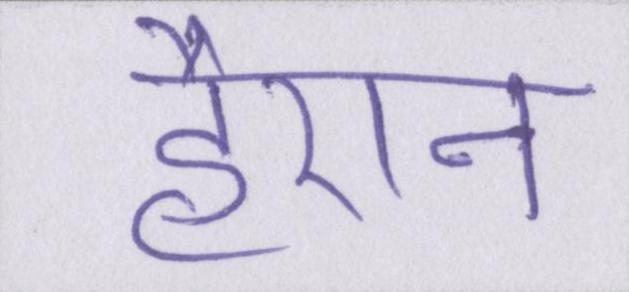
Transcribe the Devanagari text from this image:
हैरान